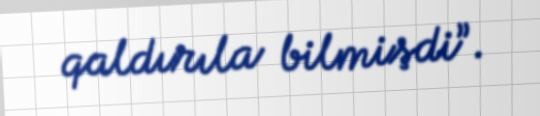
qaldırıla bilmişdi”.